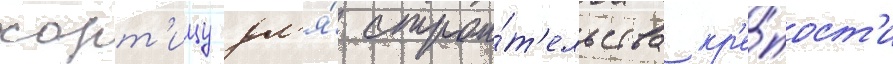
хорт'ицу дл'я́ строи́т'ельства кр'е́пост'и